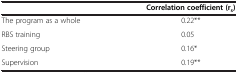
<table><thead><tr><td><b> </b></td><td><b>Correlation coefficient (r<sub>s</sub>)</b></td></tr></thead><tbody><tr><td>The program as a whole</td><td>0.22**</td></tr><tr><td>RBS training</td><td>0.05</td></tr><tr><td>Steering group</td><td>0.16*</td></tr><tr><td>Supervision</td><td>0.19**</td></tr></tbody></table>